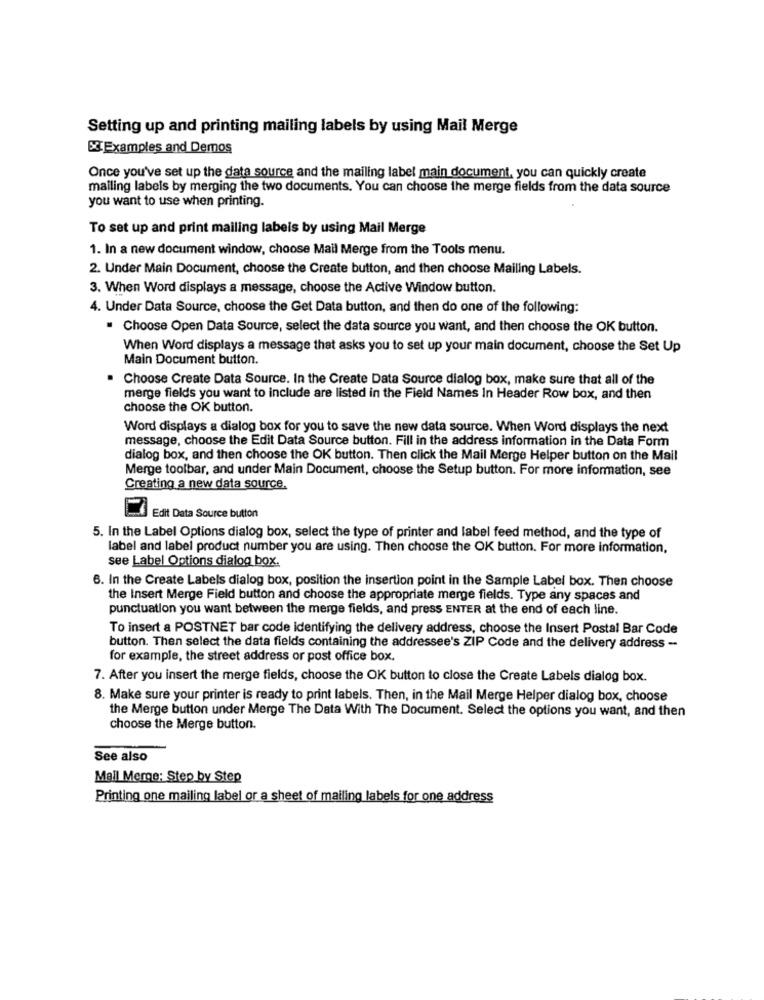
Setting up and printing mailing labels by using Mail Merge
Examples and Demos
Once you've set up the data source and the mailing label main document, you can quickly create
mailing labels by merging the two documents. You can choose the merge fields from the data source
you want to use when printing.
To set up and print mailing labels by using Mail Merge
1. In a new document window, choose Mail Merge from the Tools menu.
2. Under Main Document, choose the Create button, and then choose Mailing Labels.
3. When Word displays a message, choose the Active Window button.
4. Under Data Source, choose the Get Data button, and then do one of the following:
. Choose Open Data Source, select the data source you want, and then choose the OK button.
When Word displays a message that asks you to set up your main document, choose the Set Up
Main Document button.
Choose Create Data Source. In the Create Data Source dialog box, make sure that all of the
merge fields you want to include are listed in the Field Names In Header Row box, and then
choose the OK button.
Word displays a dialog box for you to save the new data source. When Word displays the next
message, choose the Edit Data Source button. Fill in the address information in the Data Form
dialog box, and then choose the OK button. Then click the Mail Merge Helper button on the Mail
Merge toolbar, and under Main Document, choose the Setup button. For more information, see
Creating a new data source.
Edit Data Source button
5. In the Label Options dialog box, select the type of printer and label feed method, and the type of
label and label product number you are using. Then choose the OK button. For more information,
see Label Options dialog box.
6. In the Create Labels dialog box, position the insertion point in the Sample Label box. Then choose
the Insert Merge Field button and choose the appropriate merge fields. Type any spaces and
punctuation you want between the merge fields, and press ENTER at the end of each line.
To insert a POSTNET bar code identifying the delivery address, choose the Insert Postal Bar Code
button. Then select the data fields containing the addressee's ZIP Code and the delivery address -
for example, the street address or post office box.
7. After you insert the merge fields, choose the OK button to close the Create Labels dialog box.
8. Make sure your printer is ready to print labels. Then, in the Mail Merge Helper dialog box, choose
the Merge button under Merge The Data With The Document. Select the options you want, and then
choose the Merge button.
See also
Mail Merge: Step by Step
Printing one mailing label or a sheet of mailing labels for one address